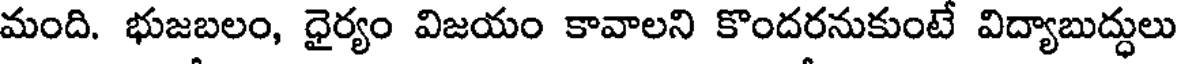
మంది. భుజబలం, ధైర్యం విజయం కావాలని కొందరనుకుంటే విద్యాబుద్ధులు